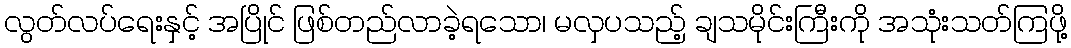
လွတ်လပ်ရေးနှင့် အပြိုင် ဖြစ်တည်လာခဲ့ရသော၊ မလှပသည့် ချသမိုင်းကြီးကို အသုံးသတ်ကြဖို့